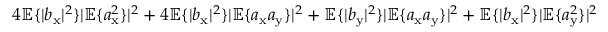
4 \mathbb { E } \{ | b _ { \mathrm { x } } | ^ { 2 } \} | \mathbb { E } \{ a _ { \mathrm { x } } ^ { 2 } \} | ^ { 2 } + 4 \mathbb { E } \{ | b _ { \mathrm { x } } | ^ { 2 } \} | \mathbb { E } \{ a _ { \mathrm { x } } a _ { \mathrm { y } } \} | ^ { 2 } + \mathbb { E } \{ | b _ { \mathrm { y } } | ^ { 2 } \} | \mathbb { E } \{ a _ { \mathrm { x } } a _ { \mathrm { y } } \} | ^ { 2 } + \mathbb { E } \{ | b _ { \mathrm { x } } | ^ { 2 } \} | \mathbb { E } \{ a _ { \mathrm { y } } ^ { 2 } \} | ^ { 2 }